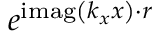
e ^ { \operatorname { i m a g } \left( \boldsymbol { k _ { x } } x \right) \cdot \boldsymbol { r } }